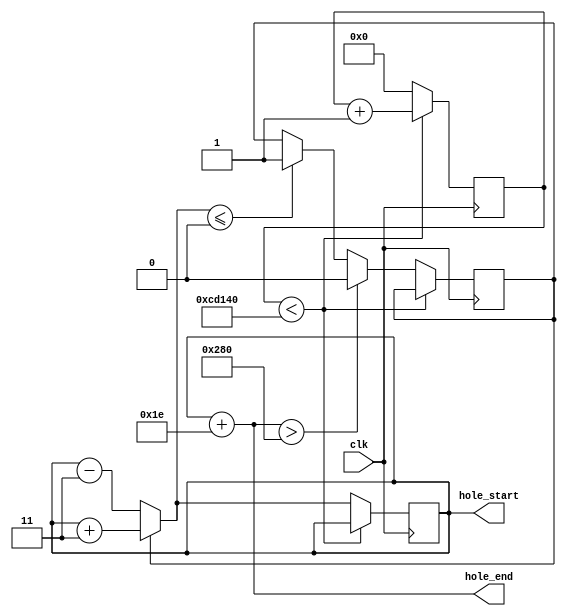
module get_plataform_hole(
    input clk,
    output reg[9:0] hole_start,
    output [9:0] hole_end
    );
	 
	 parameter[4:0] width = 5'd30;
	 reg[19:0] cont_clk;
	 
	 reg direccion;
	 
	 assign hole_end = hole_start + width;
	 
	 always @ (posedge clk)
	 begin
		if(cont_clk < 840000)
			cont_clk = cont_clk + 1'b1;
		else
		begin
			cont_clk = 20'b0;
			hole_start = (direccion)?(hole_start + 2'd3):(hole_start - 2'd3);;
			if( hole_end > 640)
				direccion = 0;
			else if( hole_start <= 0)
				direccion = 1;
		end
	 end
	 
	 initial
	 begin
		hole_start = 10'd0;
		cont_clk = 20'd0;
		direccion = 1;
	 end


endmodule